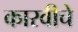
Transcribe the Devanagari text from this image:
कारवीचे